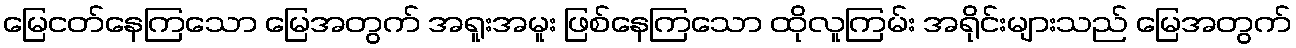
မြေငတ်နေကြသော မြေအတွက် အရူးအမူး ဖြစ်နေကြသော ထိုလူကြမ်း အရိုင်းများသည် မြေအတွက်